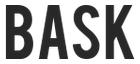
BASK